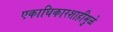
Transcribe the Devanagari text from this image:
एकाधिकारशाहीमुळे